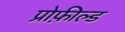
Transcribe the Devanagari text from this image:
प्रोफ़ील्ड